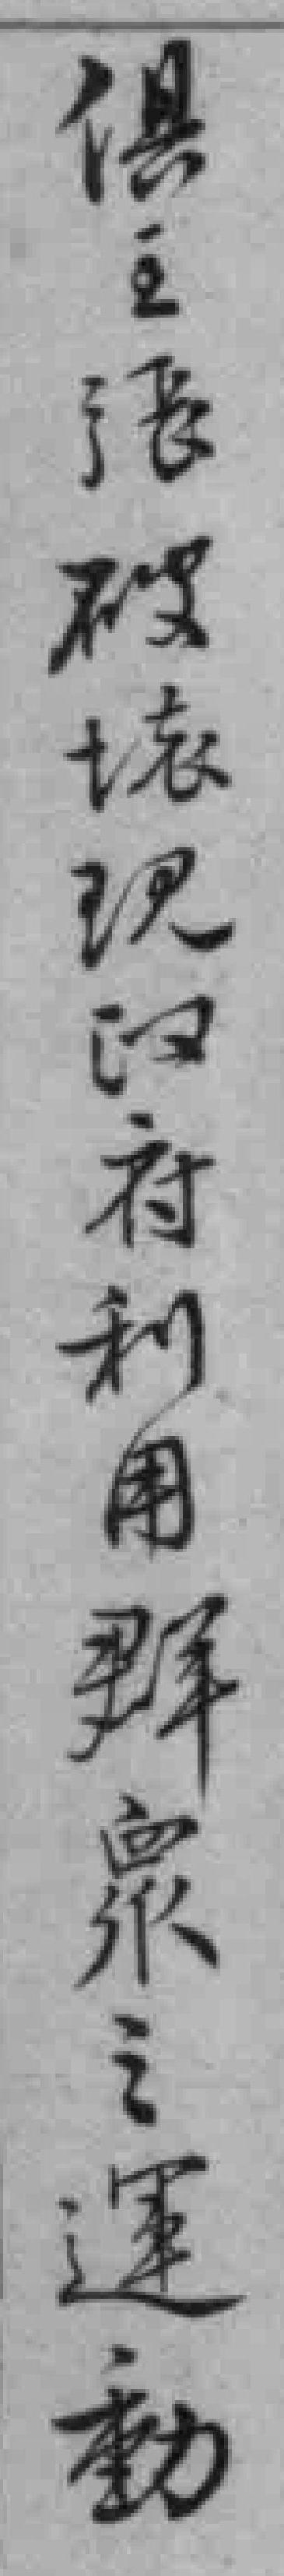
俱主張破壊现政府利用群衆之運動